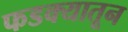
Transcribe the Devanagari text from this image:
फडक्यातून